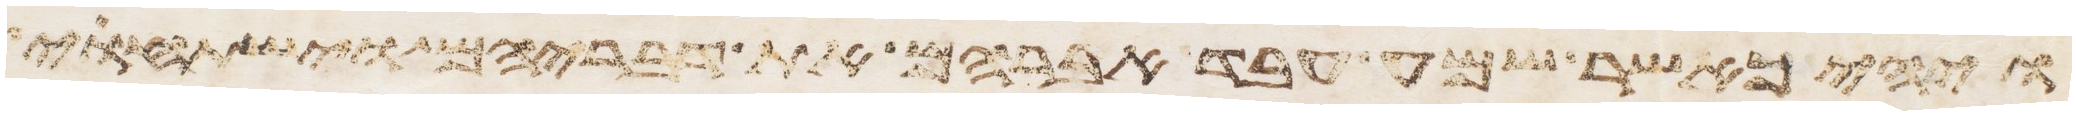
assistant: ויהי כאשר שמע עבד אברהם את דבריהם וישתחוי